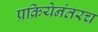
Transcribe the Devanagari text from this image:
प्रक्रियेनंतरच